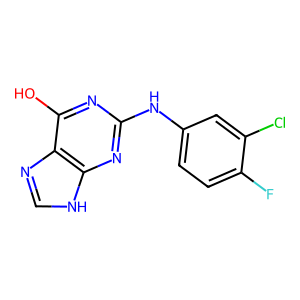
SMILES: Oc1nc(Nc2ccc(F)c(Cl)c2)nc2[nH]cnc12
Inhibits HIV replication: No